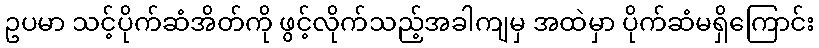
ဥပမာ သင့်ပိုက်ဆံအိတ်ကို ဖွင့်လိုက်သည့်အခါကျမှ အထဲမှာ ပိုက်ဆံမရှိကြောင်း